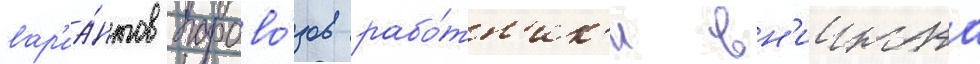
вар'иа́нтов парово́зов рабо́тн'ик'и вн'иижта